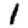
Digit: 1